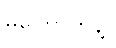
မကြောက်နဲ့။